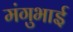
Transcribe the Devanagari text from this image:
मंगुभाई